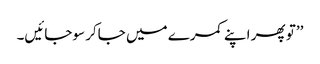
’’تو پھر اپنے کمرے میں جاکر سوجائیں۔